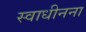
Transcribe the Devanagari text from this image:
स्वाधीनना